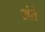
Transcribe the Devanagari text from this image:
अंते